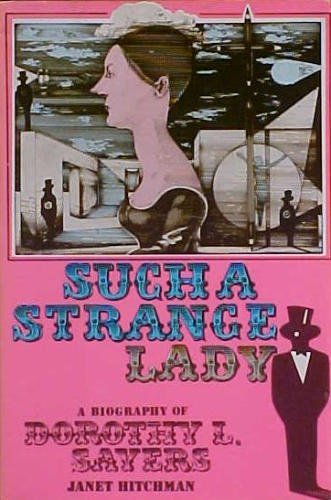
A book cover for Such a Strange Lady: A Biography of Dorothy L. Sayers; Janet Hitchman; Mystery, Thriller & Suspense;